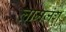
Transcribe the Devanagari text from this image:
लामजंग